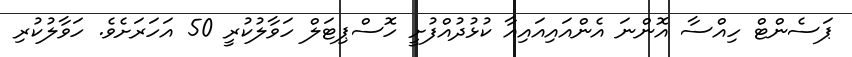
ޕަސެންޓް ހިއްސާ އޮންނަ އެންއައިއައިއާ ކުޅުދުއްފުށީ ހޮސްޕިޓަލް ހަވާލުކުރީ 50 އަހަރަށެވެ. ހަވާލުކުރި